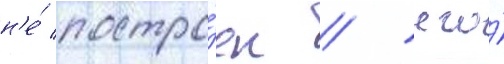
н'е́ постро́ен / его́